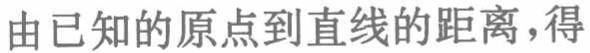
由已知的原点到直线的距离，得